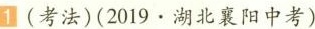
1 (考法)(2019·湖北襄阳中考)